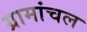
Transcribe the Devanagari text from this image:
ग्रामांचल